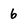
Character: 6